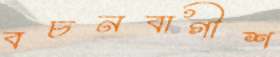
বচনবাগীশ